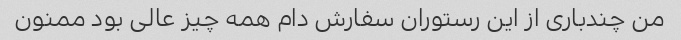
من چندباری از این رستوران سفارش دام همه چیز عالی بود ممنون